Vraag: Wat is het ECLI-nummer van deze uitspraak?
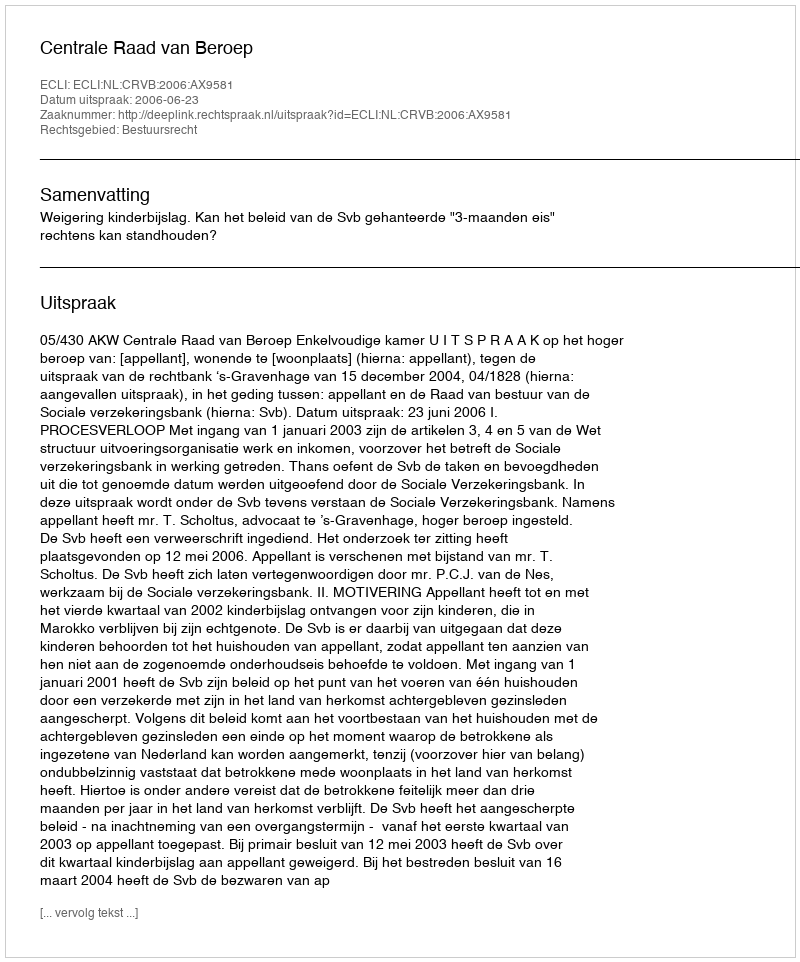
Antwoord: ECLI:NL:CRVB:2006:AX9581